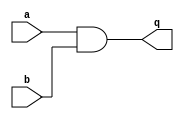
module sha2_sec_ti2_rm0_plain_and(
    input wire a,
    input wire b,
    output reg q
    );
always @* q = a&b;
endmodule